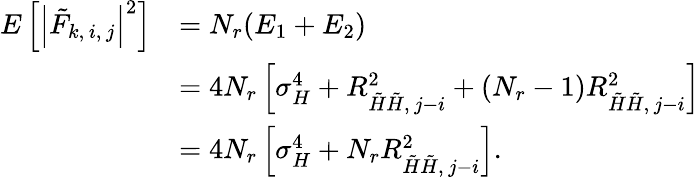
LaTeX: \begin{array}{rl}{E\left[\left|\tilde{F}_{k,\, i,\, j}\right|^{2}\right]}&{=N_{r}(E_{1}+E_{2})}\\ &{=4N_{r}\left[\sigma_{H}^{4}+R_{\tilde{H}\tilde{H},\, j-i}^{2}+\left(N_{r}-1\right)R_{\tilde{H}\tilde{H},\, j-i}^{2}\right]}\\ &{=4N_{r}\left[\sigma_{H}^{4}+N_{r}R_{\tilde{H}\tilde{H},\, j-i}^{2}\right].}\end{array}